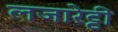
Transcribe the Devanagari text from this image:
लजारेट्टी